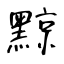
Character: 黥